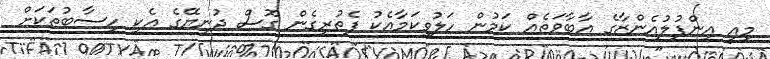
މިއީ އިންފުލުއެންޒާގެ އާބާވަތެއް ކަމުން ހަލުވިކަމާއެކު ފެތުރިގެން ގޮސް ދުނިޔޭގެ އެކި ހިސާބުތަކަށް